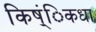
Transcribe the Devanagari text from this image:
किष्ंिकधा